Suggestions for procedure with regard to school attendance under the Education (Scotland) Act, 1936, sections 1 to 3 and 5, 1936
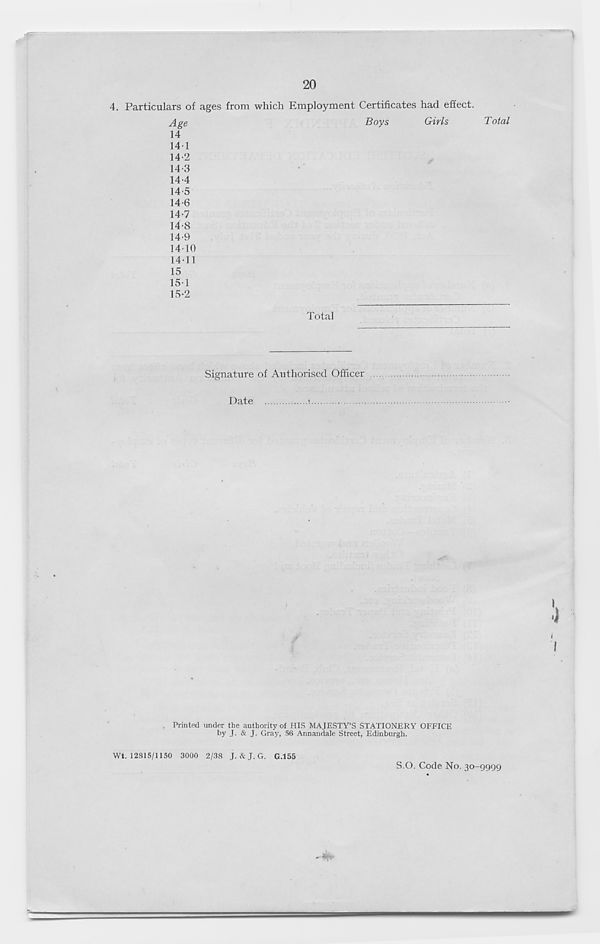
Total
4. Particulars of ages from which Employment Certificates had effect.
Age
14
141
14-2
14-3
14-4
14-5
14-6
14-7
14-8
14-9
14-10
14-
11
15
15-
1
15-2
Boys
Girls
Total
Signature of Authorised Officer
Date
)
Printed under the authority of HIS MAJESTY’S STATIONERY OFFICE
by J- & J- Gray, 56 Annandale Street, Edinburgh.
Wt. 12815/1150 3000 2/38 J. & J. G. G.155
S.O. Code No. 30-9999